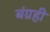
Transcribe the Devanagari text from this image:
बंग्रही